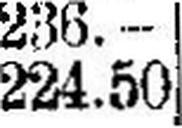
224.50